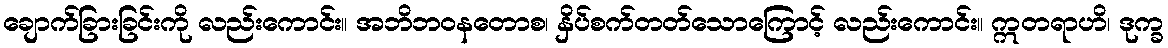
ချောက်ခြားခြင်းကို လည်းကောင်း။ အဘိဘဝနတောစ၊ နှိပ်စက်တတ်သောကြောင့် လည်းကောင်း။ ဣတရာဟိ၊ ဒုက္ခ